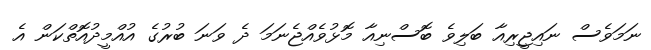
ނަމަވެސް ނައިޖީރިއާ ބަލިވެ ބޮސްނިއާ މޮޅުވެއްޖެނަމަ ދެ ވަނަ ބުރުގެ އުއްމީދުއޮތްކަން އެ